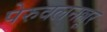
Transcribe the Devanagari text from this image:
पेरुवलनल्लूर